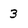
Character: 3